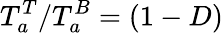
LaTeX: T_{a}^{T}/T_{a}^{B}=(1-D)